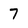
Character: 7